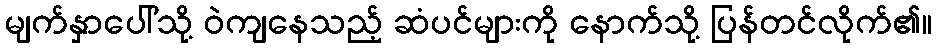
မျက်နှာပေါ်သို့ ဝဲကျနေသည့် ဆံပင်များကို နောက်သို့ ပြန်တင်လိုက်၏။